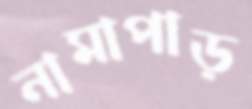
নামাপাড়